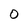
Character: 0